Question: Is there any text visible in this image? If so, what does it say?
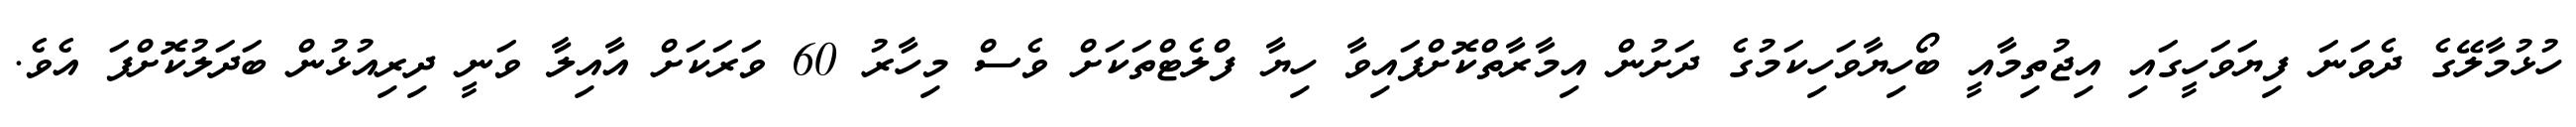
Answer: ހުޅުމާލޭގެ ދެވަނަ ފިޔަވަހީގައި އިޖުތިމާއީ ބޯހިޔާވަހިކަމުގެ ދަށުން އިމާރާތްކޮށްފައިވާ ހިޔާ ފްލެޓްތަކަށް ވެސް މިހާރު 60 ވަރަކަށް އާއިލާ ވަނީ ދިރިއުޅުން ބަދަލުކޮށްފަ އެވެ.